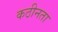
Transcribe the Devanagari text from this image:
कठीनता